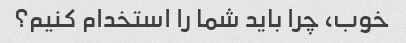
خوب، چرا باید شما را استخدام کنیم؟